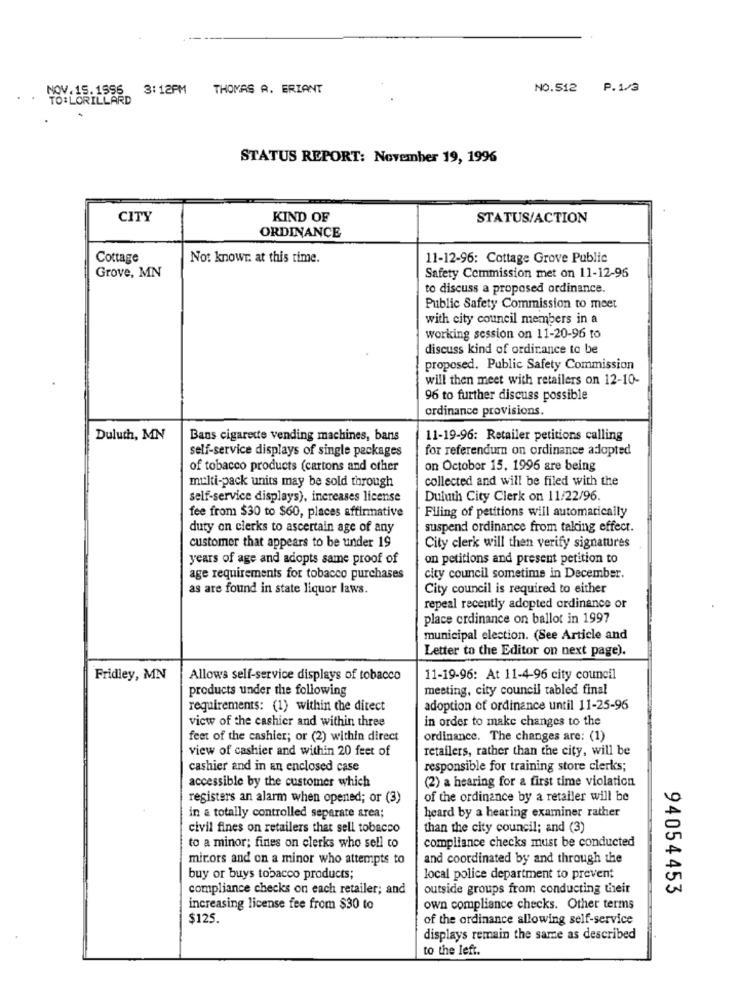
NOV.15.1596
3:12PM
THOMAS A. ERIANT
NO.512 P. 1/3
TO:LORILLARD
.
STATUS REPORT: November 19, 1996
CITY
KIND OF
STATUS/ACTION
ORDINANCE
Cottage
Not knowr. at this time.
11-12-96: Cottage Grove Public
Grove, MN
Safety Commission met on 11-12-95
to discuss a proposed ordinance.
Public Safety Commission to meet
with city council members in a
working session on 11-20-96 to
discuss kind of ordinance to be
proposed. Public Safety Commission
will then meet with retailers on 12-10-
96 to further discuss possible
ordinance provisions.
Duluth, MN
Bans cigarette vending machines, bans
11-19-96: Retailer petitions calling
self-service displays of single packages
for referendum on ordinance adopted
of tobacco products (cartons and other
on October 15, 1996 are being
collected and will be filed with the
multi-pack units may be sold through
self-service displays), increases license
Duluth City Clerk on 11/22/96.
Filing of petitions will automatically
fee from $30 to $60, places affirmative
duty on clerks to ascertain age of any
suspend ordinance from taking effect.
customer that appears to be under 19
City clerk will then verify signatures
years of age and adopts same proof of
on petitions and present petition to
age requirements for tobacco purchases
city council sometime in December.
as are found in state liquor laws.
City council is required to either
repeal recently adopted ordinance or
place ordinance on ballot in 1997
municipal election. (See Article and
Letter to the Editor on next page).
Fridley, MN
Allows self-service displays of tobacco
11-19-96: At 11-4-96 city council
products under the following
meeting, city council tabled final
requirements: (1) within the ditect
adoption of ordinance until 11-25-96
view of the cashier and within three
in order to make changes to the
feet of the cashier; or (2) within direct
ordinance. The changes are: (1)
view of cashier and within 20 feet of
retailers, rather than the city, will be
cashier and in an enclosed case
responsible for training store clerks;
(2) a hearing for a first time violation
accessible by the customer which
registers an alarm when opened; or (3)
of the ordinance by a retailer will be
heard by a hearing examiner rather
in a totally controlled separate area;
civil fines on retailers that sell tobacco
than the city council; and (3)
compliance checks must be conducted
to a minor; fines on clerks who sell to
mirors and on a minor who attempts to
and coordinated by and through the
buy or buys tobacco products;
local police department to prevent
compliance checks on each retailer; and
outside groups from conducting their
94054453
increasing license fee from $30 to
own compliance checks. Other terms
$125.
of the ordinance allowing self-service
displays remain the same as described
to the left.